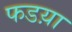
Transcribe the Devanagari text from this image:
फडय़ा